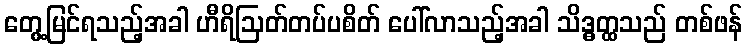
တွေ့မြင်ရသည့်အခါ ဟီရိဩတ်တပ်ပစိတ် ပေါ်လာသည့်အခါ သိဒ္ဓတ္ထသည် တစ်ဖန်